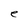
Character: e